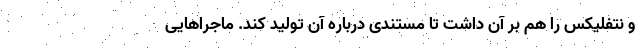
و نتفلیکس را هم بر آن داشت تا مستندی درباره آن تولید کند. ماجراهایی